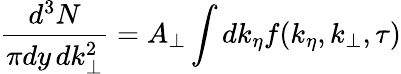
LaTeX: {\frac{d^{3}N}{\pi dy\, dk_{\perp}^{2}}}=A_{\perp}\int dk_{\eta}f(k_{\eta},k_{\perp},\tau)